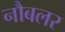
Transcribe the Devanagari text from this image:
नौबलर